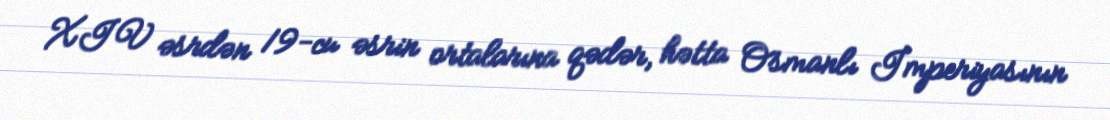
XIV əsrdən 19-cu əsrin ortalarına qədər, hətta Osmanlı İmperiyasının